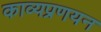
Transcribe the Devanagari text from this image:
काव्यप्रणयन